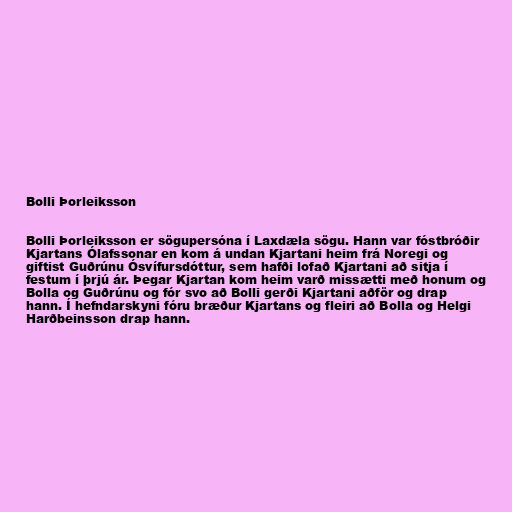
Bolli Þorleiksson

Bolli Þorleiksson er sögupersóna í Laxdæla sögu. Hann var fóstbróðir
Kjartans Ólafssonar en kom á undan Kjartani heim frá Noregi og
giftist Guðrúnu Ósvífursdóttur, sem hafði lofað Kjartani að sitja í
festum í þrjú ár. Þegar Kjartan kom heim varð missætti með honum og
Bolla og Guðrúnu og fór svo að Bolli gerði Kjartani aðför og drap
hann. Í hefndarskyni fóru bræður Kjartans og fleiri að Bolla og Helgi
Harðbeinsson drap hann.